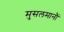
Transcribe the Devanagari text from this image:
मुसलमानौं